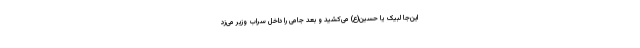
این‌جا لبیک یا حسین(ع) می‌کشید و بعد جامی را داخل سراب وزیر می‌زد